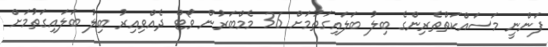
ފަންނީ މަސައްކަތްތެރިންގެ ބިލު ބަލައިގަތުމަށް 36 މެމްބަރުން ވޯޓް ދެއްވިއިރު ބިލު ބަލައިގަތުމަށް